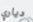
دياري